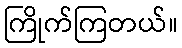
ကြိုက်ကြတယ်။